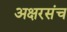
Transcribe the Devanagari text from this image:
अक्षरसंच